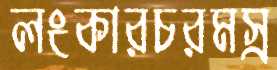
লংকারচরমস্র